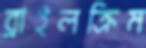
ব্রাইলক্রিম